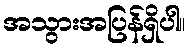
အသွားအပြန်ရှိပါ။